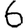
Digit: 6